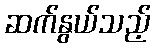
ဆက်နွယ်သည့်